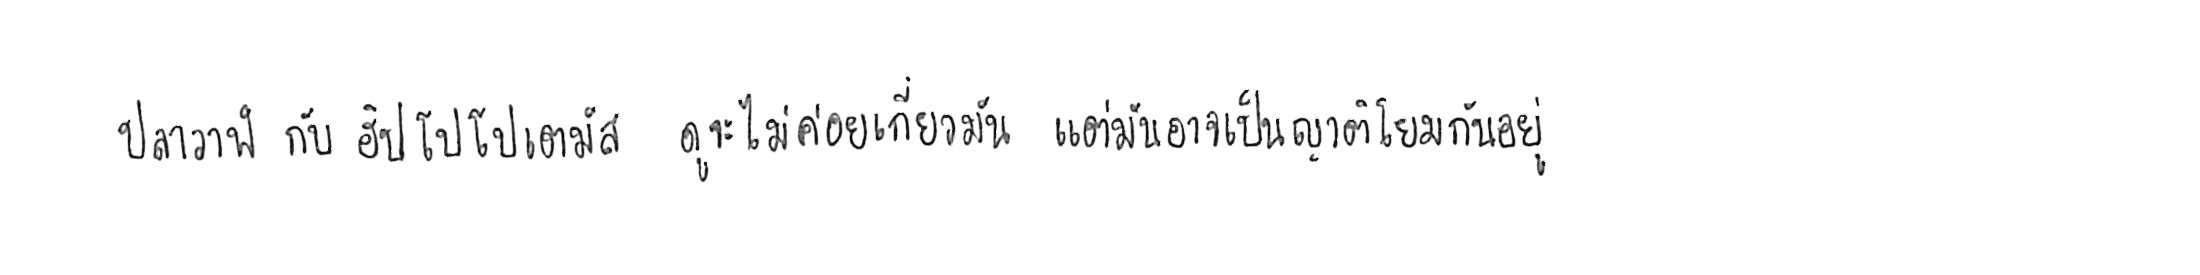
ปลาวาฬ กับ ฮิปโปโปเตมัส ดูจะไม่ค่อยเกี่ยวกัน แต่มันอาจเป็นญาติโยมกันอยู่